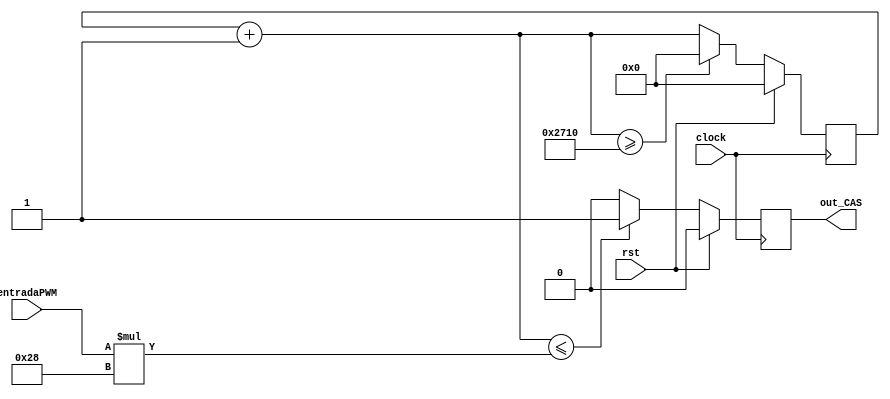
`timescale 1ns / 1ps
//////////////////////////////////////////////////////////////////////////////////
// Company: 
// Engineer: 
// 
// Design Name: 
// Module Name:    PWM 
// Project Name: 
// Target Devices: 
// Tool versions: 
// Description: 
//
// Dependencies: 
//
// Revision: 
// Revision 0.01 - File Created
// Additional Comments: 
//
//////////////////////////////////////////////////////////////////////////////////
module PWM(
	input wire clock,rst,
	input wire [7:0] entradaPWM,
	output wire out_CAS
	);

localparam sd = 40;


reg Pwm;

reg [13:0] counter;

always @ (posedge clock)
begin 
	if(rst)
	begin 
	Pwm =0; 
	counter=0;
	end
	else
	begin
	counter = counter+ 1'b1;
	if (counter <= entradaPWM*sd)
		Pwm = 1;
	else 
		Pwm = 0;
	if (counter >= 10000)
		counter = 0;
	end
end
	assign out_CAS = Pwm;
	
endmodule